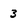
Character: 3